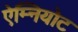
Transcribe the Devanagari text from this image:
ऐम्नियोट